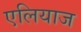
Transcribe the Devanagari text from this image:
एलियाज